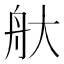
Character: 𦨐